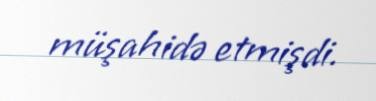
müşahidə etmişdi.